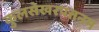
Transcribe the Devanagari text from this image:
कुलसेखरपत्तनम